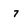
Character: 7